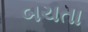
બચતા